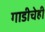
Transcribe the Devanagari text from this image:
गाडीचेही